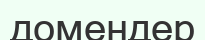
домендер